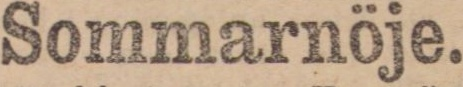
Sommarnöje.